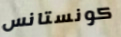
كونستانس